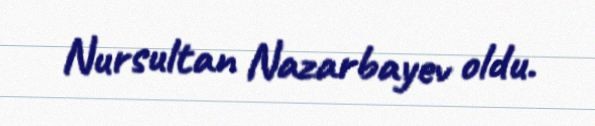
Nursultan Nazarbayev oldu.